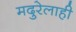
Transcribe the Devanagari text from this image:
मदुरेलाही